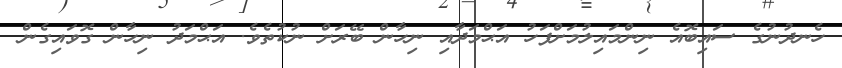
ހެނދުނުގެ ސައިބޮއެ ނިންމައިލުމަށްފަހު އަޙްމަދާއި ނިހާން ބޭރަށް ނުކުތެވެ. އަޙްމަދު ނިހާން ގޮވައިގެން